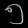
Digit: ၅